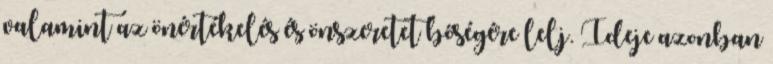
valamint az önértékelés és önszeretet bőségére lelj. Ideje azonban